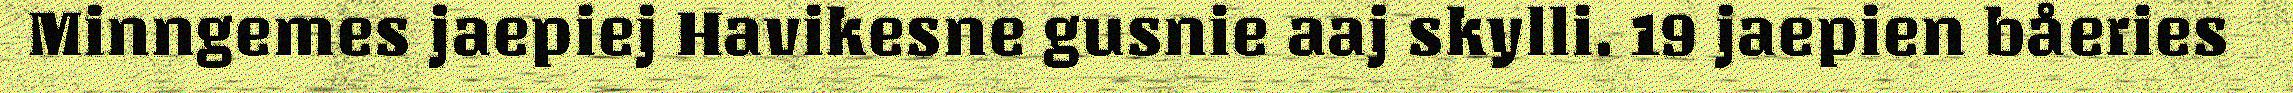
Minngemes jaepiej Havikesne gusnie aaj skylli. 19 jaepien båeries